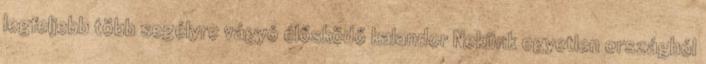
legfeljebb több segélyre vágyó élősködő kalandor Nekünk egyetlen országból